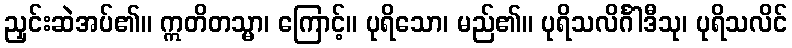
ညှင်းဆဲအပ်၏။ ဣတိတသ္မာ၊ ကြောင့်။ ပုရိသော၊ မည်၏။ ပုရိသလိင်္ဂါဒီသု၊ ပုရိသလိင်